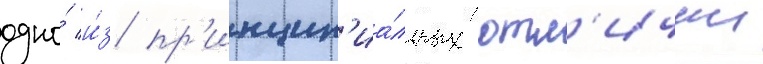
одно́ и́з пр'инцип'иа́льных отл'ичии